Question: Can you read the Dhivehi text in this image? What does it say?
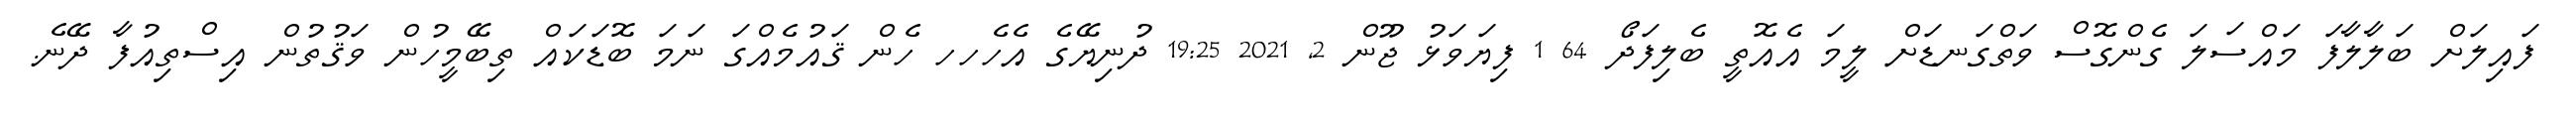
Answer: ފައިލަށް ބަލާލާފަ މައްސަލަ ގެންގޮސް ވަތްގަނޑަށް ލީމަ އެއޮތީ ބެލިފަދޯ 64 1 ފިޔަވަޅު ޖޫން 2, 2021 19:25 ދުނިޔޭގެ އެހެހހ ހެން ޤައުމެއްގަ ނަމަ ބޮޑަކައް ތިބޭމީހުން ވަޤުތުން އިސްތިއުފާ ދޭނެ.